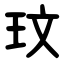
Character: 玟